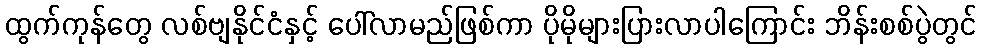
ထွက်ကုန်တွေ လစ်ဗျနိုင်ငံနှင့် ပေါ်လာမည်ဖြစ်ကာ ပိုမိုများပြားလာပါကြောင်း ဘိန်းစစ်ပွဲတွင်